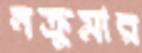
নক্রুমার